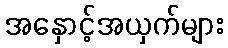
အနှောင့်အယှက်များ